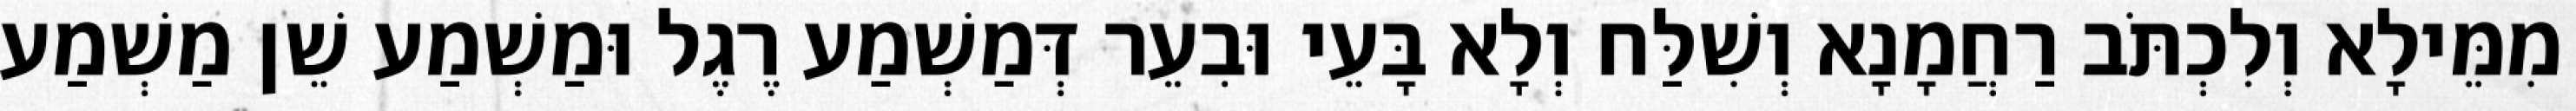
מִמֵּילָא וְלִכְתֹּב רַחֲמָנָא וְשִׁלַּח וְלָא בָּעֵי וּבִעֵר דְּמַשְׁמַע רֶגֶל וּמַשְׁמַע שֵׁן מַשְׁמַע